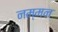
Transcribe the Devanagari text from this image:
नम्मन